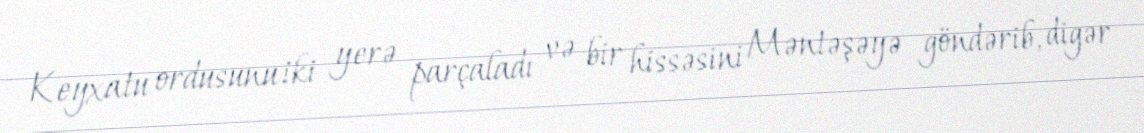
Keyxatu ordusunu iki yerə parçaladı və bir hissəsini Məntəşəyə göndərib, digər